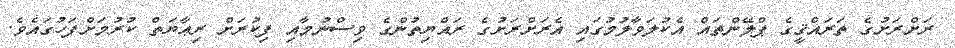
ރަށްރަށުގެ ތަރައްޤީގެ ޕްލޭންތައް އެކުލަވާލުމުގައި އެރަށްރަށުގެ ރައްޔިތުންގެ ވިސްނުމާއި ފިކުރަށް ރިޢާޔަތް ކުރުމަށްފަހުގައެވެ.